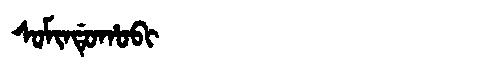
Manchu: ᠰᠣᠮᡳᠨᡩᡠᡥᠣᠪᡳ
Romanization: SOMINDUHOBI